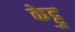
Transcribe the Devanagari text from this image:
केट्टु